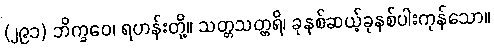
(၂၉၁) ဘိက္ခဝေ၊ ရဟန်းတို့။ သတ္တသတ္တရိ၊ ခုနစ်ဆယ့်ခုနစ်ပါးကုန်သော။